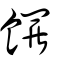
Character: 饠